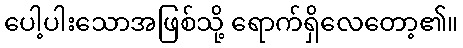
ပေါ့ပါးသောအဖြစ်သို့ ရောက်ရှိလေတော့၏။